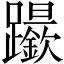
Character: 𨇬